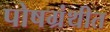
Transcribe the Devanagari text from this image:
पोषग्रंथीत